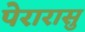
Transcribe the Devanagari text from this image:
पेरारासु